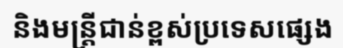
និងមន្ត្រីជាន់ខ្ពស់ប្រទេសផ្សេង